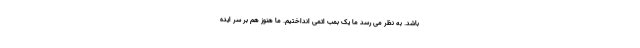
باشد. به نظر می رسد ما یک بمب اتمی انداختیم. ما هنوز هم بر سر ایده